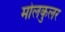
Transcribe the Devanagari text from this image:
मोलकुलर